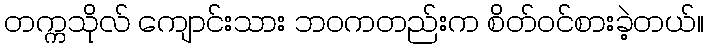
တက္ကသိုလ် ကျောင်းသား ဘဝကတည်းက စိတ်ဝင်စားခဲ့တယ်။